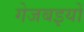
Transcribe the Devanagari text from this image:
गेजबइयों